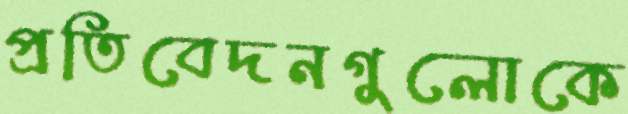
প্রতিবেদনগুলোকে